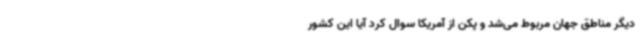
دیگر مناطق جهان مربوط می‌شد و پکن از آمریکا سوال کرد آیا این کشور